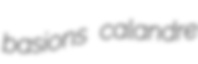
basions calandre